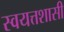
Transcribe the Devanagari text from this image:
स्वयत्तशासी